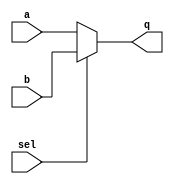
module mux_2x1 #(
	parameter data_width = 8
	)
	(
	input [data_width-1:0] a,
	input [data_width-1:0] b,
	input sel,
	output reg [data_width-1:0] q
	);
	
	always @(a or b or sel)
	begin
		if (sel == 0) begin
			q <= a;
		end else begin
			q <= b;
		end
	end
	
endmodule